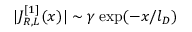
| J _ { R , L } ^ { [ 1 ] } ( x ) | \sim \gamma \exp ( - x / l _ { D } )